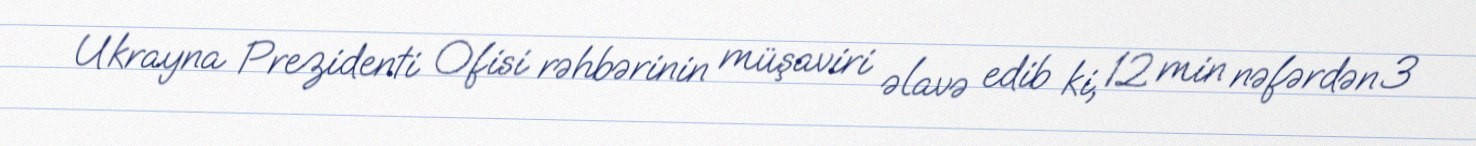
Ukrayna Prezidenti Ofisi rəhbərinin müşaviri əlavə edib ki, 12 min nəfərdən 3